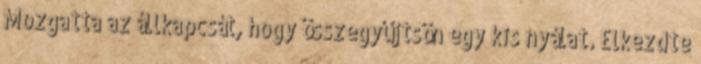
Mozgatta az állkapcsát, hogy összegyűjtsön egy kis nyálat. Elkezdte